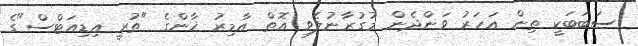
ސަބަބަކީ ތިން އަހަރު ވަންދެން މުގުރާނުލެވި އޮތް އާމިރު ޚާންގެ "ތުރީ އިޑިއަޓްސް"ގެ